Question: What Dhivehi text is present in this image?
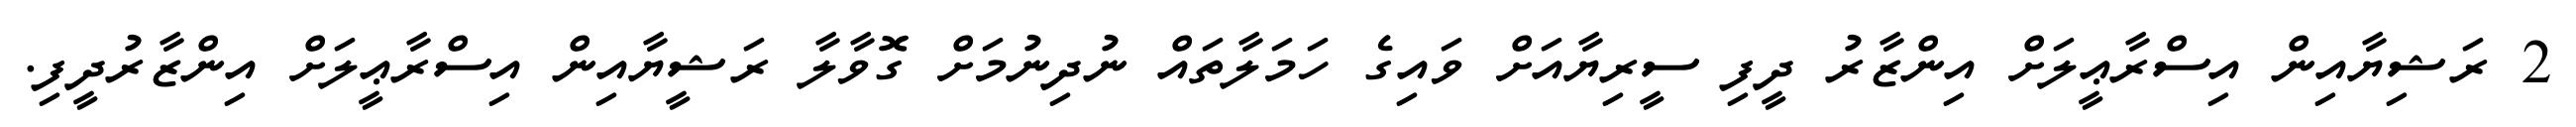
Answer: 2 ރަޝިޔާއިން އިސްރާޢީލަށް އިންޒާރު ދީފި ސީރިޔާއަށް ވައިގެ ހަމަލާތައް ނުދިނުމަށް ގޮވާލާ ރަޝީޔާއިން އިސްރާޢީލަށް އިންޒާރުދީފި.